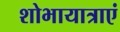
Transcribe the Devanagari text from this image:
शोभायात्राएं